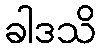
ခါဒသိ